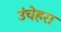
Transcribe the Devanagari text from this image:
उंचेहरा